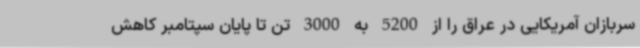
سربازان آمریکایی در عراق را از 5200 به 3000 تن تا پایان سپتامبر کاهش